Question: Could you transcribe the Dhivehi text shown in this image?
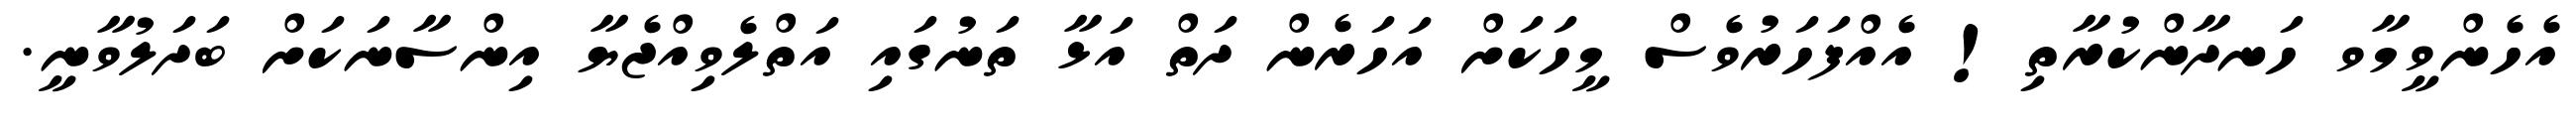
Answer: އެހެންވީމާވ ހަނދާންކުރާތި! އެއްފަހަރުވެސް މީހަކަށް އަހަރެން ދަތް އަޅާ ތަނުގައި އަތްލެވިއްޖެޔާ އިންސާނަކަށް ބަދަލުވާނީ.